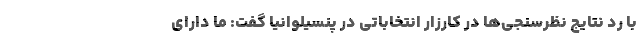
با رد نتایج نظرسنجی‌ها در کارزار انتخاباتی در پنسیلوانیا گفت: ما دارای